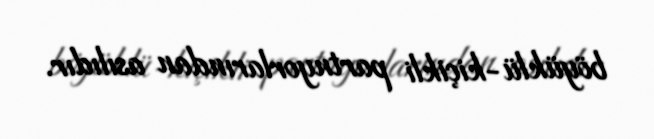
böyüklü-kiçikli partnyorlarından asılıdır.